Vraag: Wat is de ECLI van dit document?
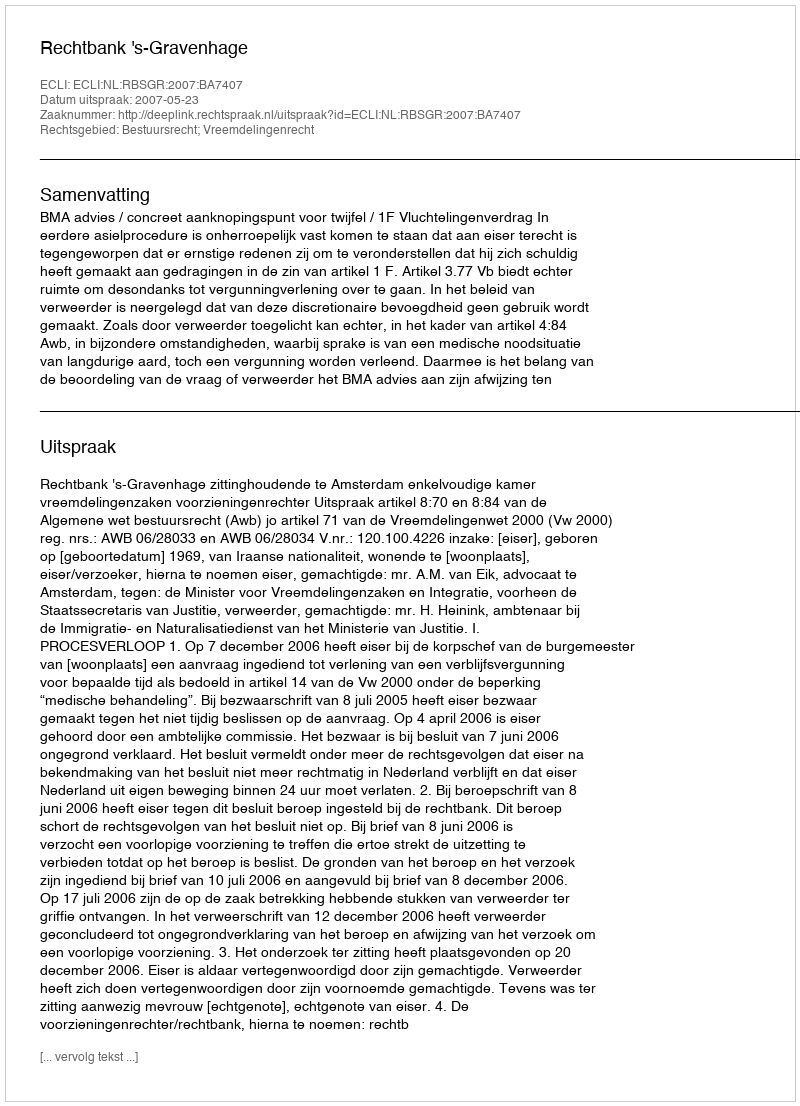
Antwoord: ECLI:NL:RBSGR:2007:BA7407